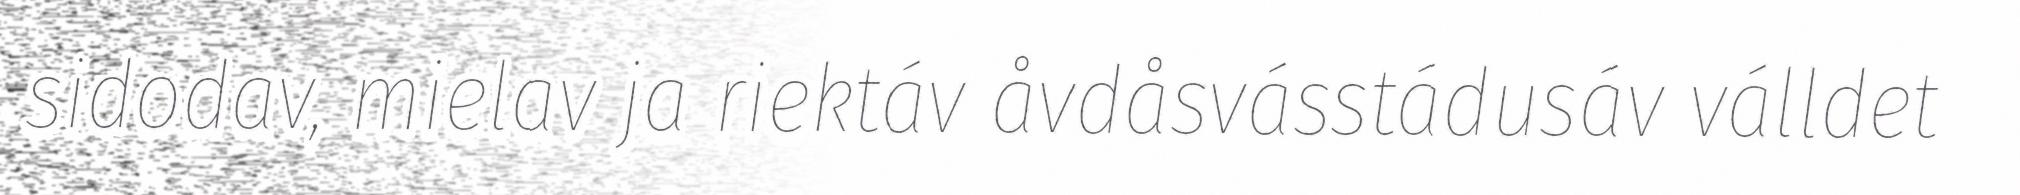
sidodav, mielav ja riektáv åvdåsvásstádusáv válldet